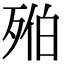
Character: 𣨔